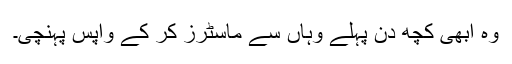
وہ ابھی کچھ دن پہلے وہاں سے ماسٹرز کر کے واپس پہنچی۔